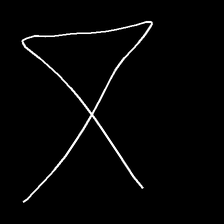
Glyph: collection